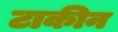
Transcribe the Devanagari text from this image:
टाकीन